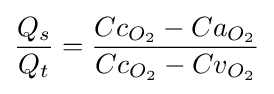
{\dfrac {Q_{s}}{Q_{t}}}={\dfrac {Cc_{O_{2}}-Ca_{O_{2}}}{Cc_{O_{2}}-Cv_{O_{2}}}}